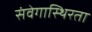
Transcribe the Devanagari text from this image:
संवेगास्थिरता